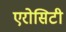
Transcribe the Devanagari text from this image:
एरोसिटी